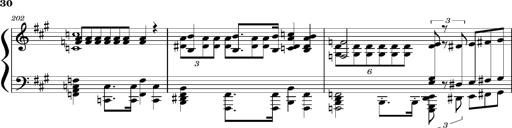
Title: Concerto sans orchestre, S.524a
Composer: Franz Liszt
Key: A major